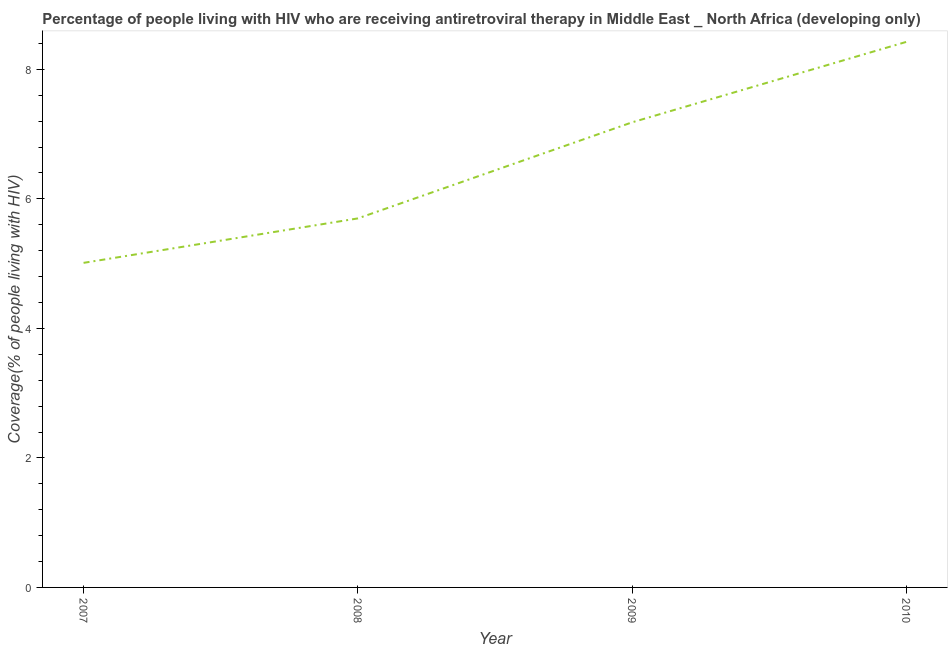
| Year | Antiretroviral therapy coverage |
 | --- | --- |
 | 2007 | 5.01 |
 | 2008 | 5.7 |
 | 2009 | 7.18 |
 | 2010 | 8.42 |